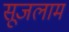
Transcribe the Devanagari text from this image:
सूजलाम